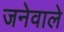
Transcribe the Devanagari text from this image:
जनेवाले